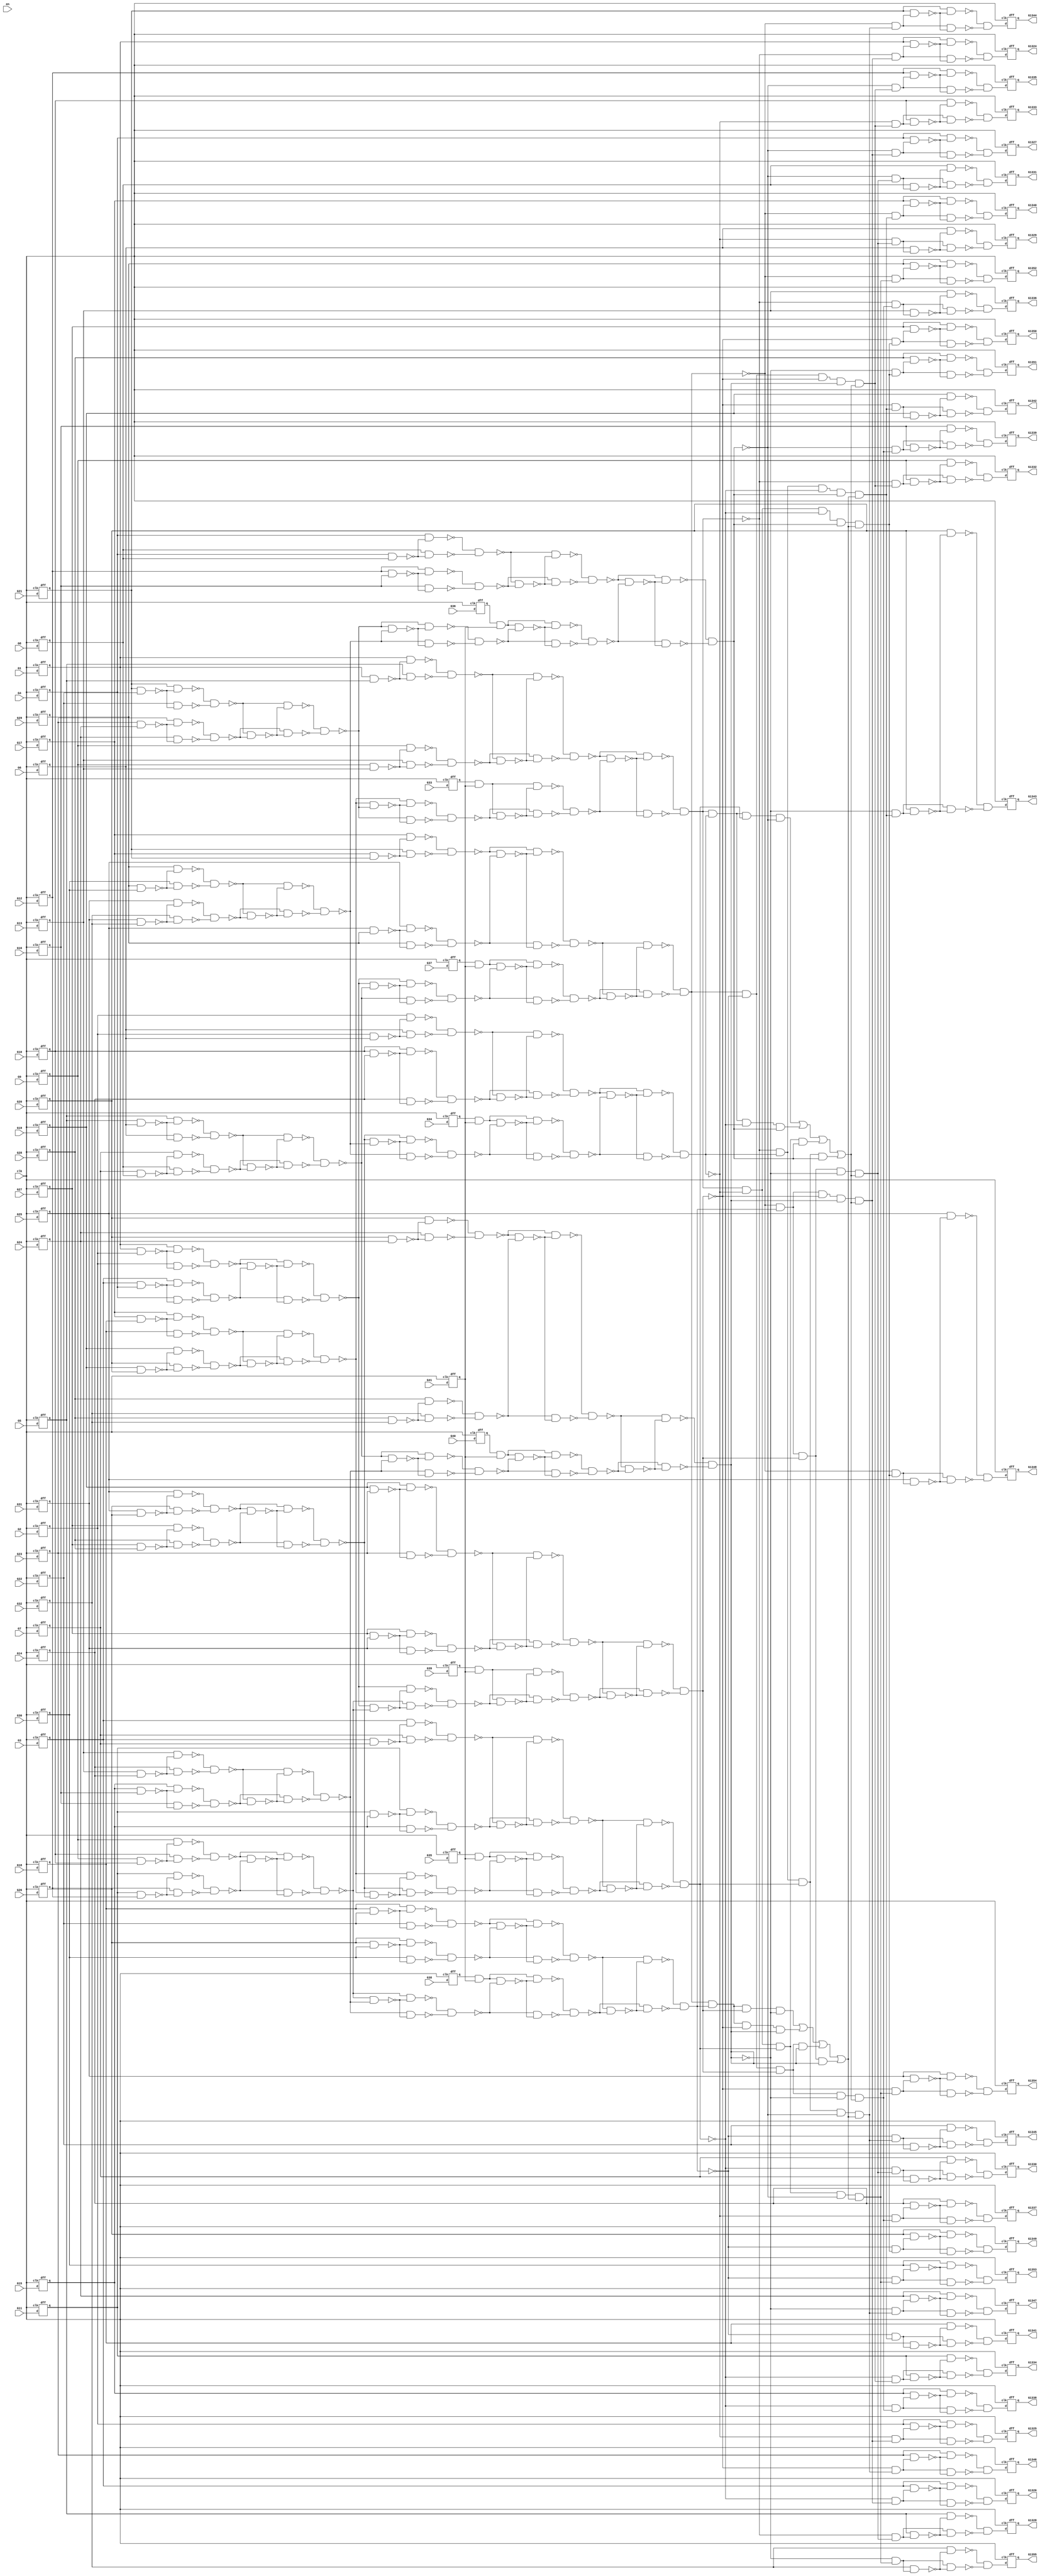
module c1355(G1, G10, G11, G12, G13, G1324, G1325, G1326, G1327, G1328, G1329, G1330, G1331, G1332, G1333, G1334, G1335, G1336, G1337, G1338,G1339,G1340,G1341,G1342,
  G1343,G1344,G1345,G1346,G1347,G1348,G1349,G1350,G1351,G1352,G1353,G1354,
  G1355,G14,G15,G16,G17,G18,G19,G2,G20,G21,G22,G23,G24,G25,G26,G27,G28,G29,G3,
  G30,G31,G32,G33,G34,G35,G36,G37,G38,G39,G4,G40,G41,G5,G6,G7,G8,G9, clk,en);
  
input G1, G2, G3, G4, G5, G6, G7, G8, G9, G10, G11, G12, G13, G14, G15, G16, G17, G18, G19, G20, G21, G22, G23, G24, G25, G26, G27, G28, G29, G30, G31, G32, G33, G34, G35, G36, G37, G38, G39, G40, G41, clk ,en;

output G1324, G1325, G1326, G1327, G1328, G1329, G1330, G1331, G1332, G1333, G1334, G1335, G1336, G1337, G1338, G1339, G1340, G1341, G1342, G1343, G1344, G1345, G1346, G1347, G1348, G1349, G1350, G1351, G1352, G1353, G1354, G1355;

wire d1, d2, d3, d4, d5, d6, d7, d8, d9, d10, d11, d12, d13, d14, d15, d16, d17, d18, d19, d20, d21, d22, d23, d24, d25, d26, d27, d28, d29, d30, d31, d32, d33, d34, d35, d36, d37, d38, d39, d40, d41, d1324, d1325, d1326, d1327, d1328, d1329, d1330, d1331, d1332, d1333, d1334, d1335, d1336, d1337, d1338, d1339, d1340, d1341, d1342, d1343, d1344, d1345, d1346, d1347, d1348, d1349, d1350, d1351, d1352, d1353, d1354, d1355, G242, G245, G248, G251, G254, G257, G260, G263, G266, G269, G272, G275, G278, G281, G284, G287, G290, G293, G296, G299, G302, G305, G308, G311, G314, G317, G320, G323, G326, G329, G332, G335, G338, G341, G344, G347, G350, G353, G356, G359, G362, G363, G364, G365, G366, G367, G368, G369, G370, G371, G372, G373, G374, G375, G376, G377, G378, G379, G380, G381, G382, G383, G384, G385, G386, G387, G388, G389, G390, G391, G392, G393, G394, G395, G396, G397, G398, G399, G400, G401, G402, G403, G404, G405, G406, G407, G408, G409, G410, G411, G412, G413, G414, G415, G416, G417, G418, G419, G420, G421, G422, G423, G424, G425, G426, G429, G432, G435, G438, G441, G444, G447, G450, G453, G456, G459, G462, G465, G468, G471, G474, G477, G480, G483, G486, G489, G492, G495, G498, G501, G504, G507, G510, G513, G516, G519, G522, G525, G528, G531, G534, G537, G540, G543, G546, G549, G552, G555, G558, G561, G564, G567, G570, G571, G572, G573, G574, G575, G576, G577, G578, G579, G580, G581, G582, G583, G584, G585, G586, G587, G588, G589, G590, G591, G592, G593, G594, G595, G596, G597, G598, G599, G600, G601, G602, G607, G612, G617, G622, G627, G632, G637, G642, G645, G648, G651, G654, G657, G660, G663, G666, G669, G672, G675, G678, G681, G684, G687, G690, G691, G692, G693, G694, G695, G696, G697, G698, G699, G700, G701, G702, G703, G704, G705, G706, G709, G712, G715, G718, G721, G724, G727, G730, G733, G736, G739, G742, G745, G748, G751, G754, G755, G756, G757, G758, G759, G760, G761, G762, G763, G764, G765, G766, G767, G768, G769, G770, G773, G776, G779, G782, G785, G788, G791, G794, G797, G800, G803, G806,     G809, G812, G815, G818, G819, G820, G821, G822, G823, G824, G825, G826, G827, G828, G829, G830, G831, G832, G833, G834, G847, G860, G873, G886, G899, G912, G925, G938, G939, G940, G941, G942, G943, G944, G945, G946, G947, G948, G949, G950, G951, G952, G953, G954, G955, G956, G957, G958, G959, G960, G961, G962, G963, G964, G965, G966, G967, G968, G969, G970, G971, G972, G973, G974, G975, G976, G977, G978, G979, G980, G981, G982, G983, G984, G985, G986, G991, G996, G1001, G1006, G1011, G1016, G1021, G1026, G1031, G1036, G1039, G1042, G1045, G1048, G1051, G1054, G1057, G1060, G1063, G1066, G1069, G1072, G1075, G1078, G1081, G1084, G1087, G1090, G1093, G1096, G1099, G1102, G1105, G1108, G1111, G1114, G1117, G1120, G1123, G1126, G1129, G1132, G1135, G1138, G1141, G1144, G1147, G1150, G1153, G1156, G1159, G1162, G1165, G1168, G1171, G1174, G1177, G1180, G1183, G1186, G1189, G1192, G1195, G1198, G1201, G1204, G1207, G1210, G1213, G1216, G1219, G1222, G1225, G1228, G1229, G1230, G1231, G1232, G1233, G1234, G1235, G1236, G1237, G1238, G1239, G1240, G1241, G1242, G1243, G1244, G1245, G1246, G1247, G1248, G1249, G1250, G1251, G1252, G1253, G1254, G1255, G1256, G1257, G1258, G1259, G1260, G1261, G1262, G1263, G1264, G1265, G1266, G1267, G1268, G1269, G1270, G1271, G1272, G1273, G1274, G1275, G1276, G1277, G1278, G1279, G1280, G1281, G1282, G1283, G1284, G1285, G1286, G1287, G1288, G1289, G1290, G1291, G1292, G1293, G1294, G1295, G1296, G1297, G1298, G1299, G1300, G1301, G1302, G1303, G1304, G1305, G1306, G1307, G1308, G1309, G1310, G1311, G1312, G1313, G1314, G1315, G1316, G1317, G1318, G1319, G1320, G1321, G1322, G1323;
  
  and AND2_0(G242, d33, d41);
  and AND2_1(G245, d34, d41);
  and AND2_2(G248, d35, d41);
  and AND2_3(G251, d36, d41);
  and AND2_4(G254, d37, d41);
  and AND2_5(G257, d38, d41);
  and AND2_6(G260, d39, d41);
  and AND2_7(G263, d40, d41);
  nand NAND2_0(G266, d1, d2);
  nand NAND2_1(G269, d3, d4);
  nand NAND2_2(G272, d5, d6);
  nand NAND2_3(G275, d7, d8);
  nand NAND2_4(G278, d9, d10);
  nand NAND2_5(G281, d11, d12);
  nand NAND2_6(G284, d13, d14);
  nand NAND2_7(G287, d15, d16);
  nand NAND2_8(G290, d17, d18);
  nand NAND2_9(G293, d19, d20);
  nand NAND2_10(G296, d21, d22);
  nand NAND2_11(G299, d23, d24);
  nand NAND2_12(G302, d25, d26);
  nand NAND2_13(G305, d27, d28);
  nand NAND2_14(G308, d29, d30);
  nand NAND2_15(G311, d31, d32);
  nand NAND2_16(G314, d1, d5);
  nand NAND2_17(G317, d9, d13);
  nand NAND2_18(G320, d2, d6);
  nand NAND2_19(G323, d10, d14);
  nand NAND2_20(G326, d3, d7);
  nand NAND2_21(G329, d11, d15);
  nand NAND2_22(G332, d4, d8);
  nand NAND2_23(G335, d12, d16);
  nand NAND2_24(G338, d17, d21);
  nand NAND2_25(G341, d25, d29);
  nand NAND2_26(G344, d18, d22);
  nand NAND2_27(G347, d26, d30);
  nand NAND2_28(G350, d19, d23);
  nand NAND2_29(G353, d27, d31);
  nand NAND2_30(G356, d20, d24);
  nand NAND2_31(G359, d28, d32);
  nand NAND2_32(G362, d1, G266);
  nand NAND2_33(G363, d2, G266);
  nand NAND2_34(G364, d3, G269);
  nand NAND2_35(G365, d4, G269);
  nand NAND2_36(G366, d5, G272);
  nand NAND2_37(G367, d6, G272);
  nand NAND2_38(G368, d7, G275);
  nand NAND2_39(G369, d8, G275);
  nand NAND2_40(G370, d9, G278);
  nand NAND2_41(G371, d10, G278);
  nand NAND2_42(G372, d11, G281);
  nand NAND2_43(G373, d12, G281);
  nand NAND2_44(G374, d13, G284);
  nand NAND2_45(G375, d14, G284);
  nand NAND2_46(G376, d15, G287);
  nand NAND2_47(G377, d16, G287);
  nand NAND2_48(G378, d17, G290);
  nand NAND2_49(G379, d18, G290);
  nand NAND2_50(G380, d19, G293);
  nand NAND2_51(G381, d20, G293);
  nand NAND2_52(G382, d21, G296);
  nand NAND2_53(G383, d22, G296);
  nand NAND2_54(G384, d23, G299);
  nand NAND2_55(G385, d24, G299);
  nand NAND2_56(G386, d25, G302);
  nand NAND2_57(G387, d26, G302);
  nand NAND2_58(G388, d27, G305);
  nand NAND2_59(G389, d28, G305);
  nand NAND2_60(G390, d29, G308);
  nand NAND2_61(G391, d30, G308);
  nand NAND2_62(G392, d31, G311);
  nand NAND2_63(G393, d32, G311);
  nand NAND2_64(G394, d1, G314);
  nand NAND2_65(G395, d5, G314);
  nand NAND2_66(G396, d9, G317);
  nand NAND2_67(G397, d13, G317);
  nand NAND2_68(G398, d2, G320);
  nand NAND2_69(G399, d6, G320);
  nand NAND2_70(G400, d10, G323);
  nand NAND2_71(G401, d14, G323);
  nand NAND2_72(G402, d3, G326);
  nand NAND2_73(G403, d7, G326);
  nand NAND2_74(G404, d11, G329);
  nand NAND2_75(G405, d15, G329);
  nand NAND2_76(G406, d4, G332);
  nand NAND2_77(G407, d8, G332);
  nand NAND2_78(G408, d12, G335);
  nand NAND2_79(G409, d16, G335);
  nand NAND2_80(G410, d17, G338);
  nand NAND2_81(G411, d21, G338);
  nand NAND2_82(G412, d25, G341);
  nand NAND2_83(G413, d29, G341);
  nand NAND2_84(G414, d18, G344);
  nand NAND2_85(G415, d22, G344);
  nand NAND2_86(G416, d26, G347);
  nand NAND2_87(G417, d30, G347);
  nand NAND2_88(G418, d19, G350);
  nand NAND2_89(G419, d23, G350);
  nand NAND2_90(G420, d27, G353);
  nand NAND2_91(G421, d31, G353);
  nand NAND2_92(G422, d20, G356);
  nand NAND2_93(G423, d24, G356);
  nand NAND2_94(G424, d28, G359);
  nand NAND2_95(G425, d32, G359);
  nand NAND2_96(G426, G362, G363);
  nand NAND2_97(G429, G364, G365);
  nand NAND2_98(G432, G366, G367);
  nand NAND2_99(G435, G368, G369);
  nand NAND2_100(G438, G370, G371);
  nand NAND2_101(G441, G372, G373);
  nand NAND2_102(G444, G374, G375);
  nand NAND2_103(G447, G376, G377);
  nand NAND2_104(G450, G378, G379);
  nand NAND2_105(G453, G380, G381);
  nand NAND2_106(G456, G382, G383);
  nand NAND2_107(G459, G384, G385);
  nand NAND2_108(G462, G386, G387);
  nand NAND2_109(G465, G388, G389);
  nand NAND2_110(G468, G390, G391);
  nand NAND2_111(G471, G392, G393);
  nand NAND2_112(G474, G394, G395);
  nand NAND2_113(G477, G396, G397);
  nand NAND2_114(G480, G398, G399);
  nand NAND2_115(G483, G400, G401);
  nand NAND2_116(G486, G402, G403);
  nand NAND2_117(G489, G404, G405);
  nand NAND2_118(G492, G406, G407);
  nand NAND2_119(G495, G408, G409);
  nand NAND2_120(G498, G410, G411);
  nand NAND2_121(G501, G412, G413);
  nand NAND2_122(G504, G414, G415);
  nand NAND2_123(G507, G416, G417);
  nand NAND2_124(G510, G418, G419);
  nand NAND2_125(G513, G420, G421);
  nand NAND2_126(G516, G422, G423);
  nand NAND2_127(G519, G424, G425);
  nand NAND2_128(G522, G426, G429);
  nand NAND2_129(G525, G432, G435);
  nand NAND2_130(G528, G438, G441);
  nand NAND2_131(G531, G444, G447);
  nand NAND2_132(G534, G450, G453);
  nand NAND2_133(G537, G456, G459);
  nand NAND2_134(G540, G462, G465);
  nand NAND2_135(G543, G468, G471);
  nand NAND2_136(G546, G474, G477);
  nand NAND2_137(G549, G480, G483);
  nand NAND2_138(G552, G486, G489);
  nand NAND2_139(G555, G492, G495);
  nand NAND2_140(G558, G498, G501);
  nand NAND2_141(G561, G504, G507);
  nand NAND2_142(G564, G510, G513);
  nand NAND2_143(G567, G516, G519);
  nand NAND2_144(G570, G426, G522);
  nand NAND2_145(G571, G429, G522);
  nand NAND2_146(G572, G432, G525);
  nand NAND2_147(G573, G435, G525);
  nand NAND2_148(G574, G438, G528);
  nand NAND2_149(G575, G441, G528);
  nand NAND2_150(G576, G444, G531);
  nand NAND2_151(G577, G447, G531);
  nand NAND2_152(G578, G450, G534);
  nand NAND2_153(G579, G453, G534);
  nand NAND2_154(G580, G456, G537);
  nand NAND2_155(G581, G459, G537);
  nand NAND2_156(G582, G462, G540);
  nand NAND2_157(G583, G465, G540);
  nand NAND2_158(G584, G468, G543);
  nand NAND2_159(G585, G471, G543);
  nand NAND2_160(G586, G474, G546);
  nand NAND2_161(G587, G477, G546);
  nand NAND2_162(G588, G480, G549);
  nand NAND2_163(G589, G483, G549);
  nand NAND2_164(G590, G486, G552);
  nand NAND2_165(G591, G489, G552);
  nand NAND2_166(G592, G492, G555);
  nand NAND2_167(G593, G495, G555);
  nand NAND2_168(G594, G498, G558);
  nand NAND2_169(G595, G501, G558);
  nand NAND2_170(G596, G504, G561);
  nand NAND2_171(G597, G507, G561);
  nand NAND2_172(G598, G510, G564);
  nand NAND2_173(G599, G513, G564);
  nand NAND2_174(G600, G516, G567);
  nand NAND2_175(G601, G519, G567);
  nand NAND2_176(G602, G570, G571);
  nand NAND2_177(G607, G572, G573);
  nand NAND2_178(G612, G574, G575);
  nand NAND2_179(G617, G576, G577);
  nand NAND2_180(G622, G578, G579);
  nand NAND2_181(G627, G580, G581);
  nand NAND2_182(G632, G582, G583);
  nand NAND2_183(G637, G584, G585);
  nand NAND2_184(G642, G586, G587);
  nand NAND2_185(G645, G588, G589);
  nand NAND2_186(G648, G590, G591);
  nand NAND2_187(G651, G592, G593);
  nand NAND2_188(G654, G594, G595);
  nand NAND2_189(G657, G596, G597);
  nand NAND2_190(G660, G598, G599);
  nand NAND2_191(G663, G600, G601);
  nand NAND2_192(G666, G602, G607);
  nand NAND2_193(G669, G612, G617);
  nand NAND2_194(G672, G602, G612);
  nand NAND2_195(G675, G607, G617);
  nand NAND2_196(G678, G622, G627);
  nand NAND2_197(G681, G632, G637);
  nand NAND2_198(G684, G622, G632);
  nand NAND2_199(G687, G627, G637);
  nand NAND2_200(G690, G602, G666);
  nand NAND2_201(G691, G607, G666);
  nand NAND2_202(G692, G612, G669);
  nand NAND2_203(G693, G617, G669);
  nand NAND2_204(G694, G602, G672);
  nand NAND2_205(G695, G612, G672);
  nand NAND2_206(G696, G607, G675);
  nand NAND2_207(G697, G617, G675);
  nand NAND2_208(G698, G622, G678);
  nand NAND2_209(G699, G627, G678);
  nand NAND2_210(G700, G632, G681);
  nand NAND2_211(G701, G637, G681);
  nand NAND2_212(G702, G622, G684);
  nand NAND2_213(G703, G632, G684);
  nand NAND2_214(G704, G627, G687);
  nand NAND2_215(G705, G637, G687);
  nand NAND2_216(G706, G690, G691);
  nand NAND2_217(G709, G692, G693);
  nand NAND2_218(G712, G694, G695);
  nand NAND2_219(G715, G696, G697);
  nand NAND2_220(G718, G698, G699);
  nand NAND2_221(G721, G700, G701);
  nand NAND2_222(G724, G702, G703);
  nand NAND2_223(G727, G704, G705);
  nand NAND2_224(G730, G242, G718);
  nand NAND2_225(G733, G245, G721);
  nand NAND2_226(G736, G248, G724);
  nand NAND2_227(G739, G251, G727);
  nand NAND2_228(G742, G254, G706);
  nand NAND2_229(G745, G257, G709);
  nand NAND2_230(G748, G260, G712);
  nand NAND2_231(G751, G263, G715);
  nand NAND2_232(G754, G242, G730);
  nand NAND2_233(G755, G718, G730);
  nand NAND2_234(G756, G245, G733);
  nand NAND2_235(G757, G721, G733);
  nand NAND2_236(G758, G248, G736);
  nand NAND2_237(G759, G724, G736);
  nand NAND2_238(G760, G251, G739);
  nand NAND2_239(G761, G727, G739);
  nand NAND2_240(G762, G254, G742);
  nand NAND2_241(G763, G706, G742);
  nand NAND2_242(G764, G257, G745);
  nand NAND2_243(G765, G709, G745);
  nand NAND2_244(G766, G260, G748);
  nand NAND2_245(G767, G712, G748);
  nand NAND2_246(G768, G263, G751);
  nand NAND2_247(G769, G715, G751);
  nand NAND2_248(G770, G754, G755);
  nand NAND2_249(G773, G756, G757);
  nand NAND2_250(G776, G758, G759);
  nand NAND2_251(G779, G760, G761);
  nand NAND2_252(G782, G762, G763);
  nand NAND2_253(G785, G764, G765);
  nand NAND2_254(G788, G766, G767);
  nand NAND2_255(G791, G768, G769);
  nand NAND2_256(G794, G642, G770);
  nand NAND2_257(G797, G645, G773);
  nand NAND2_258(G800, G648, G776);
  nand NAND2_259(G803, G651, G779);
  nand NAND2_260(G806, G654, G782);
  nand NAND2_261(G809, G657, G785);
  nand NAND2_262(G812, G660, G788);
  nand NAND2_263(G815, G663, G791);
  nand NAND2_264(G818, G642, G794);
  nand NAND2_265(G819, G770, G794);
  nand NAND2_266(G820, G645, G797);
  nand NAND2_267(G821, G773, G797);
  nand NAND2_268(G822, G648, G800);
  nand NAND2_269(G823, G776, G800);
  nand NAND2_270(G824, G651, G803);
  nand NAND2_271(G825, G779, G803);
  nand NAND2_272(G826, G654, G806);
  nand NAND2_273(G827, G782, G806);
  nand NAND2_274(G828, G657, G809);
  nand NAND2_275(G829, G785, G809);
  nand NAND2_276(G830, G660, G812);
  nand NAND2_277(G831, G788, G812);
  nand NAND2_278(G832, G663, G815);
  nand NAND2_279(G833, G791, G815);
  nand NAND2_280(G834, G818, G819);
  nand NAND2_281(G847, G820, G821);
  nand NAND2_282(G860, G822, G823);
  nand NAND2_283(G873, G824, G825);
  nand NAND2_284(G886, G828, G829);
  nand NAND2_285(G899, G832, G833);
  nand NAND2_286(G912, G830, G831);
  nand NAND2_287(G925, G826, G827);
  not NOT_0(G938, G834);
  not NOT_1(G939, G847);
  not NOT_2(G940, G860);
  not NOT_3(G941, G834);
  not NOT_4(G942, G847);
  not NOT_5(G943, G873);
  not NOT_6(G944, G834);
  not NOT_7(G945, G860);
  not NOT_8(G946, G873);
  not NOT_9(G947, G847);
  not NOT_10(G948, G860);
  not NOT_11(G949, G873);
  not NOT_12(G950, G886);
  not NOT_13(G951, G899);
  not NOT_14(G952, G886);
  not NOT_15(G953, G912);
  not NOT_16(G954, G925);
  not NOT_17(G955, G899);
  not NOT_18(G956, G925);
  not NOT_19(G957, G912);
  not NOT_20(G958, G925);
  not NOT_21(G959, G886);
  not NOT_22(G960, G912);
  not NOT_23(G961, G925);
  not NOT_24(G962, G886);
  not NOT_25(G963, G899);
  not NOT_26(G964, G925);
  not NOT_27(G965, G912);
  not NOT_28(G966, G899);
  not NOT_29(G967, G886);
  not NOT_30(G968, G912);
  not NOT_31(G969, G899);
  not NOT_32(G970, G847);
  not NOT_33(G971, G873);
  not NOT_34(G972, G847);
  not NOT_35(G973, G860);
  not NOT_36(G974, G834);
  not NOT_37(G975, G873);
  not NOT_38(G976, G834);
  not NOT_39(G977, G860);
  and AND4_0(G978, G938, G939, G940, G873);
  and AND4_1(G979, G941, G942, G860, G943);
  and AND4_2(G980, G944, G847, G945, G946);
  and AND4_3(G981, G834, G947, G948, G949);
  and AND4_4(G982, G958, G959, G960, G899);
  and AND4_5(G983, G961, G962, G912, G963);
  and AND4_6(G984, G964, G886, G965, G966);
  and AND4_7(G985, G925, G967, G968, G969);
  or OR4_0(G986, G978, G979, G980, G981);
  or OR4_1(G991, G982, G983, G984, G985);
  and AND5_0(G996, G925,G950, G912, G951, G986);
  and AND5_1(G1001, G925, G952, G953, G899, G986);
  and AND5_2(G1006, G954, G886, G912, G955, G986);
  and AND5_3(G1011, G956, G886, G957, G899, G986);
  and AND5_4(G1016, G834, G970, G860, G971, G991);
  and AND5_5(G1021, G834, G972, G973, G873, G991);
  and AND5_6(G1026, G974, G847, G860, G975, G991);
  and AND5_7(G1031, G976, G847, G977, G873, G991);
  and AND2_8(G1036, G834, G996);
  and AND2_9(G1039, G847, G996);
  and AND2_10(G1042, G860, G996);
  and AND2_11(G1045, G873, G996);
  and AND2_12(G1048, G834, G1001);
  and AND2_13(G1051, G847, G1001);
  and AND2_14(G1054, G860, G1001);
  and AND2_15(G1057, G873, G1001);
  and AND2_16(G1060, G834, G1006);
  and AND2_17(G1063, G847, G1006);
  and AND2_18(G1066, G860, G1006);
  and AND2_19(G1069, G873, G1006);
  and AND2_20(G1072, G834, G1011);
  and AND2_21(G1075, G847, G1011);
  and AND2_22(G1078, G860, G1011);
  and AND2_23(G1081, G873, G1011);
  and AND2_24(G1084, G925, G1016);
  and AND2_25(G1087, G886, G1016);
  and AND2_26(G1090, G912, G1016);
  and AND2_27(G1093, G899, G1016);
  and AND2_28(G1096, G925, G1021);
  and AND2_29(G1099, G886, G1021);
  and AND2_30(G1102, G912, G1021);
  and AND2_31(G1105, G899, G1021);
  and AND2_32(G1108, G925, G1026);
  and AND2_33(G1111, G886, G1026);
  and AND2_34(G1114, G912, G1026);
  and AND2_35(G1117, G899, G1026);
  and AND2_36(G1120, G925, G1031);
  and AND2_37(G1123, G886, G1031);
  and AND2_38(G1126, G912, G1031);
  and AND2_39(G1129, G899, G1031);
  nand NAND2_288(G1132, d1, G1036);
  nand NAND2_289(G1135, d2, G1039);
  nand NAND2_290(G1138, d3, G1042);
  nand NAND2_291(G1141, d4, G1045);
  nand NAND2_292(G1144, d5, G1048);
  nand NAND2_293(G1147, d6, G1051);
  nand NAND2_294(G1150, d7, G1054);
  nand NAND2_295(G1153, d8, G1057);
  nand NAND2_296(G1156, d9, G1060);
  nand NAND2_297(G1159, d10, G1063);
  nand NAND2_298(G1162, d11, G1066);
  nand NAND2_299(G1165, d12, G1069);
  nand NAND2_300(G1168, d13, G1072);
  nand NAND2_301(G1171, d14, G1075);
  nand NAND2_302(G1174, d15, G1078);
  nand NAND2_303(G1177, d16, G1081);
  nand NAND2_304(G1180, d17, G1084);
  nand NAND2_305(G1183, d18, G1087);
  nand NAND2_306(G1186, d19, G1090);
  nand NAND2_307(G1189, d20, G1093);
  nand NAND2_308(G1192, d21, G1096);
  nand NAND2_309(G1195, d22, G1099);
  nand NAND2_310(G1198, d23, G1102);
  nand NAND2_311(G1201, d24, G1105);
  nand NAND2_312(G1204, d25, G1108);
  nand NAND2_313(G1207, d26, G1111);
  nand NAND2_314(G1210, d27, G1114);
  nand NAND2_315(G1213, d28, G1117);
  nand NAND2_316(G1216, d29, G1120);
  nand NAND2_317(G1219, d30, G1123);
  nand NAND2_318(G1222, d31, G1126);
  nand NAND2_319(G1225, d32, G1129);
  nand NAND2_321(G1229, G1036, G1132);
  nand NAND2_323(G1231, G1039, G1135);
  nand NAND2_325(G1233, G1042, G1138);
  nand NAND2_327(G1235, G1045, G1141);
  nand NAND2_329(G1237, G1048, G1144);
  nand NAND2_331(G1239, G1051, G1147);
  nand NAND2_333(G1241, G1054, G1150);
  nand NAND2_335(G1243, G1057, G1153);
  nand NAND2_337(G1245, G1060, G1156);
  nand NAND2_339(G1247, G1063, G1159);
  nand NAND2_341(G1249, G1066, G1162);
  nand NAND2_343(G1251, G1069, G1165);
  nand NAND2_345(G1253, G1072, G1168);
  nand NAND2_347(G1255, G1075, G1171);
  nand NAND2_349(G1257, G1078, G1174);
  nand NAND2_351(G1259, G1081, G1177);
  nand NAND2_353(G1261, G1084, G1180);
  nand NAND2_355(G1263, G1087, G1183);
  nand NAND2_357(G1265, G1090, G1186);
  nand NAND2_359(G1267, G1093, G1189);
  nand NAND2_361(G1269, G1096, G1192);
  nand NAND2_363(G1271, G1099, G1195);
  nand NAND2_365(G1273, G1102, G1198);
  nand NAND2_367(G1275, G1105, G1201);
  nand NAND2_369(G1277, G1108, G1204);
  nand NAND2_371(G1279, G1111, G1207);
  nand NAND2_373(G1281, G1114, G1210);
  nand NAND2_375(G1283, G1117, G1213);
  nand NAND2_377(G1285, G1120, G1216);
  nand NAND2_379(G1287, G1123, G1219);
  nand NAND2_381(G1289, G1126, G1222);
  nand NAND2_320(G1228, d1, G1132);
  nand NAND2_322(G1230, d2, G1135);
  nand NAND2_324(G1232, d3, G1138);
  nand NAND2_326(G1234, d4, G1141);
  nand NAND2_328(G1236, d5, G1144);
  nand NAND2_330(G1238, d6, G1147);
  nand NAND2_332(G1240, d7, G1150);
  nand NAND2_334(G1242, d8, G1153);
  nand NAND2_336(G1244, d9, G1156);
  nand NAND2_338(G1246, d10, G1159);
  nand NAND2_340(G1248, d11, G1162);
  nand NAND2_342(G1250, d12, G1165);
  nand NAND2_344(G1252, d13, G1168);
  nand NAND2_346(G1254, d14, G1171);
  nand NAND2_348(G1256, d15, G1174);
  nand NAND2_350(G1258, d16, G1177);
  nand NAND2_352(G1260, d17, G1180);
  nand NAND2_354(G1262, d18, G1183);
  nand NAND2_356(G1264, d19, G1186);
  nand NAND2_358(G1266, d20, G1189);
  nand NAND2_360(G1268, d21, G1192);
  nand NAND2_362(G1270, d22, G1195);
  nand NAND2_364(G1272, d23, G1198);
  nand NAND2_366(G1274, d24, G1201);
  nand NAND2_368(G1276, d25, G1204);
  nand NAND2_370(G1278, d26, G1207);
  nand NAND2_372(G1280, d27, G1210);
  nand NAND2_374(G1282, d28, G1213);
  nand NAND2_376(G1284, d29, G1216);
  nand NAND2_378(G1286, d30, G1219);
  nand NAND2_380(G1288, d31, G1222);
  nand NAND2_382(G1290, d32, G1225);
  nand NAND2_383(G1291, G1129, G1225);
  nand NAND2_384(G1292, G1228, G1229);
  nand NAND2_385(G1293, G1230, G1231);
  nand NAND2_386(G1294, G1232, G1233);
  nand NAND2_387(G1295, G1234, G1235);
  nand NAND2_388(G1296, G1236, G1237);
  nand NAND2_389(G1297, G1238, G1239);
  nand NAND2_390(G1298, G1240, G1241);
  nand NAND2_391(G1299, G1242, G1243);
  nand NAND2_392(G1300, G1244, G1245);
  nand NAND2_393(G1301, G1246, G1247);
  nand NAND2_394(G1302, G1248, G1249);
  nand NAND2_395(G1303, G1250, G1251);
  nand NAND2_396(G1304, G1252, G1253);
  nand NAND2_397(G1305, G1254, G1255);
  nand NAND2_398(G1306, G1256, G1257);
  nand NAND2_399(G1307, G1258, G1259);
  nand NAND2_400(G1308, G1260, G1261);
  nand NAND2_401(G1309, G1262, G1263);
  nand NAND2_402(G1310, G1264, G1265);
  nand NAND2_403(G1311, G1266, G1267);
  nand NAND2_404(G1312, G1268, G1269);
  nand NAND2_405(G1313, G1270, G1271);
  nand NAND2_406(G1314, G1272, G1273);
  nand NAND2_407(G1315, G1274, G1275);
  nand NAND2_408(G1316, G1276, G1277);
  nand NAND2_409(G1317, G1278, G1279);
  nand NAND2_410(G1318, G1280, G1281);
  nand NAND2_411(G1319, G1282, G1283);
  nand NAND2_412(G1320, G1284, G1285);
  nand NAND2_413(G1321, G1286, G1287);
  nand NAND2_414(G1322, G1288, G1289);
  nand NAND2_415(G1323, G1290, G1291);
  not NOT_40(d1324, G1292);
  not NOT_41(d1325, G1293);
  not NOT_42(d1326, G1294);
  not NOT_43(d1327, G1295);
  not NOT_44(d1328, G1296);
  not NOT_45(d1329, G1297);
  not NOT_46(d1330, G1298);
  not NOT_47(d1331, G1299);
  not NOT_48(d1332, G1300);
  not NOT_49(d1333, G1301);
  not NOT_50(d1334, G1302);
  not NOT_51(d1335, G1303);
  not NOT_52(d1336, G1304);
  not NOT_53(d1337, G1305);
  not NOT_54(d1338, G1306);
  not NOT_55(d1339, G1307);
  not NOT_56(d1340, G1308);
  not NOT_57(d1341, G1309);
  not NOT_58(d1342, G1310);
  not NOT_59(d1343, G1311);
  not NOT_60(d1344, G1312);
  not NOT_61(d1345, G1313);
  not NOT_62(d1346, G1314);
  not NOT_63(d1347, G1315);
  not NOT_64(d1348, G1316);
  not NOT_65(d1349, G1317);
  not NOT_66(d1350, G1318);
  not NOT_67(d1351, G1319);
  not NOT_68(d1352, G1320);
  not NOT_69(d1353, G1321);
  not NOT_70(d1354, G1322);
  not NOT_71(d1355, G1323);

//input Flip-flops
dff a1 (d1, G1, clk);
dff a2 (d2, G2, clk);
dff a3 (d3, G3, clk);
dff a4 (d4, G4, clk);
dff a5 (d5, G5, clk);
dff a6 (d6, G6, clk);
dff a7 (d7, G7, clk);
dff a8 (d8, G8, clk);
dff a9 (d9, G9, clk);
dff a10 (d10, G10, clk);
dff a11 (d11, G11, clk);
dff a12 (d12, G12, clk);
dff a13 (d13, G13, clk);
dff a14 (d14, G14, clk);
dff a15 (d15, G15, clk);
dff a16 (d16, G16, clk);
dff a17 (d17, G17, clk);
dff a18 (d18, G18, clk);
dff a19 (d19, G19, clk);
dff a20 (d20, G20, clk);
dff a21 (d21, G21, clk);
dff a22 (d22, G22, clk);
dff a23 (d23, G23, clk);
dff a24 (d24, G24, clk);
dff a25 (d25, G25, clk);
dff a26 (d26, G26, clk);
dff a27 (d27, G27, clk);
dff a28 (d28, G28, clk);
dff a29 (d29, G29, clk);
dff a30 (d30, G30, clk);
dff a31 (d31, G31, clk);
dff a32 (d32, G32, clk);
dff a33 (d33, G33, clk);
dff a34 (d34, G34, clk);
dff a35 (d35, G35, clk);
dff a36 (d36, G36, clk);
dff a37 (d37, G37, clk);
dff a38 (d38, G38, clk);
dff a39 (d39, G39, clk);
dff a40 (d40, G40, clk);
dff a41 (d41, G41, clk);
//output Flip-flops
dff o1 (G1324, d1324, clk);
dff o2 (G1325, d1325, clk);
dff o3 (G1326, d1326, clk);
dff o4 (G1327, d1327, clk);
dff o5 (G1328, d1328, clk);
dff o6 (G1329, d1329, clk);
dff o7 (G1330, d1330, clk);
dff o8 (G1331, d1331, clk);
dff o9 (G1332, d1332, clk);
dff o10 (G1333, d1333, clk);
dff o11 (G1334, d1334, clk);
dff o12 (G1335, d1335, clk);
dff o13 (G1336, d1336, clk);
dff o14 (G1337, d1337, clk);
dff o15 (G1338, d1338, clk);
dff o16 (G1339, d1339, clk);
dff o17 (G1340, d1340, clk);
dff o18 (G1341, d1341, clk);
dff o19 (G1342, d1342, clk);
dff o20 (G1343, d1343, clk);
dff o21 (G1344, d1344, clk);
dff o22 (G1345, d1345, clk);
dff o23 (G1346, d1346, clk);
dff o24 (G1347, d1347, clk);
dff o25 (G1348, d1348, clk);
dff o26 (G1349, d1349, clk);
dff o27 (G1350, d1350, clk);
dff o28 (G1351, d1351, clk);
dff o29 (G1352, d1352, clk);
dff o30 (G1353, d1353, clk);
dff o31 (G1354, d1354, clk);
dff o32 (G1355, d1355, clk);

endmodule
//---------------------------------------------------------------------------------------------------------------------------------------------------
module dff(q, d, clk);
	input  d, clk;
	output reg q;

always @ (posedge clk)
	q <= d;
	
endmodule

//---------------------------------------------------------------------------------------------------------------------------------------------------
`timescale 1ns/ 1ps

module Testbench_benchmark3();
 reg G1, G2, G3, G4, G5, G6, G7, G8, G9, G10, G11, G12, G13, G14, G15, G16, G17, G18, G19, G20, G21, G22, G23, G24, G25, G26, G27, G28, G29, G30, G31, G32, G33, G34, G35, G36, G37, G38, G39, G40, G41, clk, en;
	 
 wire G1324, G1325, G1326, G1327, G1328, G1329, G1330, G1331, G1332, G1333, G1334, G1335, G1336, G1337, G1338, G1339, G1340, G1341, G1342, G1343, G1344, G1345, G1346, G1347, G1348, G1349, G1350, G1351, G1352, G1353, G1354, G1355;

 //instantiation
c1355 dut(
//input port mapping
    .G1(G1),
    .G2(G2),
    .G3(G3),
	.G4(G4),
    .G5(G5),
    .G6(G6),
	.G7(G7),
    .G8(G8),
    .G9(G9),
    .G10(G10),
	.G11(G11),
    .G12(G12),
    .G13(G13),
	.G14(G14),
    .G15(G15),
    .G16(G16),
    .G17(G17),
	.G18(G18),
    .G19(G19),
    .G20(G20),
	.G21(G21),
    .G22(G22),
    .G23(G23),
	.G24(G24),
    .G25(G25),
    .G26(G26),
    .G27(G27),
	.G28(G28),
    .G29(G29),
    .G30(G30),
	.G31(G31),
    .G32(G32),
    .G33(G33),
	.G34(G34),
    .G35(G35),
    .G36(G36),
    .G37(G37),
	.G38(G38),
    .G39(G39),
    .G40(G40),
	.G41(G41),
	
//output port mapping	
	.G1324(G1324),
	.G1325(G1325),
	.G1326(G1326),
	.G1327(G1327),
	.G1328(G1328),
	.G1329(G1329),
	.G1330(G1330),
	.G1331(G1331),
	.G1332(G1332),
	.G1333(G1333),
	.G1334(G1334),
	.G1335(G1335),
	.G1336(G1336),
	.G1337(G1337),
	.G1338(G1338),
	.G1339(G1339),
	.G1340(G1340),
	.G1341(G1341),
	.G1342(G1342),
	.G1343(G1343),
	.G1344(G1344),
	.G1345(G1345),
	.G1346(G1346),
	.G1347(G1347),
	.G1348(G1348),
	.G1349(G1349),
	.G1350(G1350),
	.G1351(G1351),
	.G1352(G1352),
	.G1353(G1353),
	.G1354(G1354),
	.G1355(G1355),	
	.clk(clk),
	.en(en)
   );
   
    initial begin
		clk = 0; G1=clk; G2=clk; G3=clk; G4=clk; G5=clk; G6=clk; G7=clk; G8=clk; G9=clk; G10=clk; G21=clk;
		G11=clk; G12=clk; G13=clk; G14=clk; G15=clk; G16=clk; G17=clk; G18=clk; G19=clk; G20=clk; G22=clk; 
		G23=clk; G24=clk; G25=clk; G26=clk; G27=clk; G28=clk; G29=clk; G30=clk; G31=clk; G32=clk; G33=clk; 
		G34=clk; G35=clk; G36=clk; G37=clk; G38=clk; G39=clk; G40=clk; G41=clk; en = 0;
	 //$dumpfile ("goldenc17.vcd"); 
	 //$dumpvars(0,Testbench_benchmark1);
	end
	
	always @ (posedge clk)
		 $display(" %4d, %1b, %1b, %1b, %1b, %1b, %1b, %1b, %1b, %1b, %1b,%1b, %1b, %1b, %1b, %1b, %1b, %1b, %1b, %1b, %1b, %1b, %1b, %1b, %1b, %1b, %1b, %1b, %1b, %1b, %1b,%1b, %1b, %1b, %1b, %1b, %1b, %1b, %1b, %1b, %1b, %1b, %1b, %1b, %1b, %1b, %1b, %1b, %1b, %1b, %1b, %1b, %1b, %1b, %1b, %1b, %1b, %1b, %1b, %1b, %1b, %1b, %1b, %1b, %1b, %1b, %1b, %1b, %1b, %1b, %1b, %1b, %1b, %1b, %1b",
             $time, G1, G2, G3, G4, G5, G6, G7, G8, G9, G10, G11, G12, G13, G14, G15, G16, G17, G18, G19, G20, G21, G22, G23, G24, G25, G26, G27, G28, G29, G30, G31,
			 G32, G33, G34, G35, G36, G37, G38, G39, G40, G41, en, G1324, G1325, G1326, G1327, G1328, G1329, G1330, G1331, G1332, G1333, G1334, G1335, G1336, G1337, 
			 G1338, G1339, G1340, G1341, G1342, G1343, G1344, G1345, G1346, G1347, G1348, G1349, G1350, G1351, G1352, G1353, G1354, G1355);
	initial begin
		#0.4 en = 0;
	end
	
	always
		#1 clk = ~clk;
	always 
		#4 G1 = ~G1;
	always 
		#40 G2 = ~G2;
	always 
		#3 G3 = ~G3;
	always 
		#23 G4 = ~G4;
	always 
		#1 G5 = ~G5;
	always 
		#2 G6 = ~G6;
	always 
		#21 G7 = ~G7;
	always 
		#38 G8 = ~G8;
	always 
		#7 G9 = ~G9;
	always 
		#14 G10 = ~G10;
	always 
		#39 G11 = ~G11;
	always 
		#24 G12 = ~G12;
	always 
		#5 G13 = ~G13;
	always 
		#22 G14 = ~G14;
	always 
		#8 G15 = ~G15;
	always 
		#15 G16 = ~G16;
	always 
		#6 G17 = ~G17;
	always 
		#13 G18 = ~G18;
	always 
		#36 G19 = ~G19;
	always 
		#20 G20 = ~G20;
	always 
		#9 G21 = ~G21;
	always 
		#26 G22 = ~G22;
	always 
		#19 G23 = ~G23;
	always 
		#10 G24 = ~G24;
	always 
		#16 G25 = ~G25;
	always 
		#37 G26 = ~G26;
	always 
		#18 G27 = ~G27;
	always 
		#30 G28 = ~G28;
	always 
		#25 G29 = ~G29;
	always 
		#12 G30 = ~G30;
	always 
		#34 G31 = ~G31;
	always 
		#28 G32 = ~G32;
	always 
		#32 G33 = ~G33;
	always 
		#17 G34 = ~G34;
	always 
		#35 G35 = ~G35;
	always 
		#11 G36 = ~G36;
	always 
		#29 G37 = ~G37;
	always 
		#3 G38 = ~G38;
	always 
		#27 G39 = ~G39;
	always 
		#33 G40 = ~G40;	
	always 
		#31 G41 = ~G41;			

	initial #1000 $finish;
endmodule